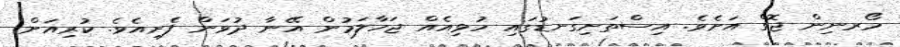
މޯރނިން ޖޮގް އަށެވެ. އިސްތަށިގަނޑުގައި ހުޅިއެއް ޖަހާލަމުން އޭނާ ދުވަން ފެށިއެވެ. ކުރިއަށް